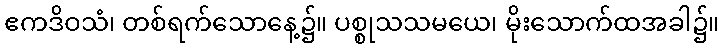
ဧကဒိဝသံ၊ တစ်ရက်သောနေ့၌။ ပစ္စုသသမယေ၊ မိုးသောက်ထအခါ၌။